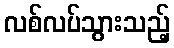
လစ်လပ်သွားသည့်